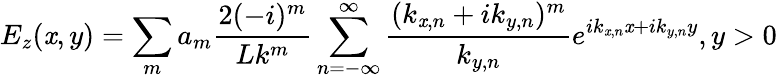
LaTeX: E_{z}(\mathit{x},y)=\sum_{m}a_{m}\frac{{2(-i)^{m}}}{{Lk^{m}}}\sum_{n=-\infty}^{\infty}\frac{{(k_{\mathit{x},n}+ik_{y,n})^{m}}}{{k_{y,n}}}e^{ik_{\mathit{x},n}\mathit{x}+ik_{y,n}y},y>0